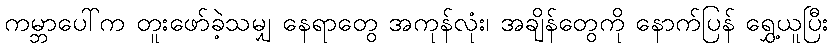
ကမ္ဘာပေါ်က တူးဖော်ခဲ့သမျှ နေရာတွေ အကုန်လုံး၊ အချိန်တွေကို နောက်ပြန် ရွှေ့ယူပြီး